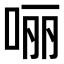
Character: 𫪃